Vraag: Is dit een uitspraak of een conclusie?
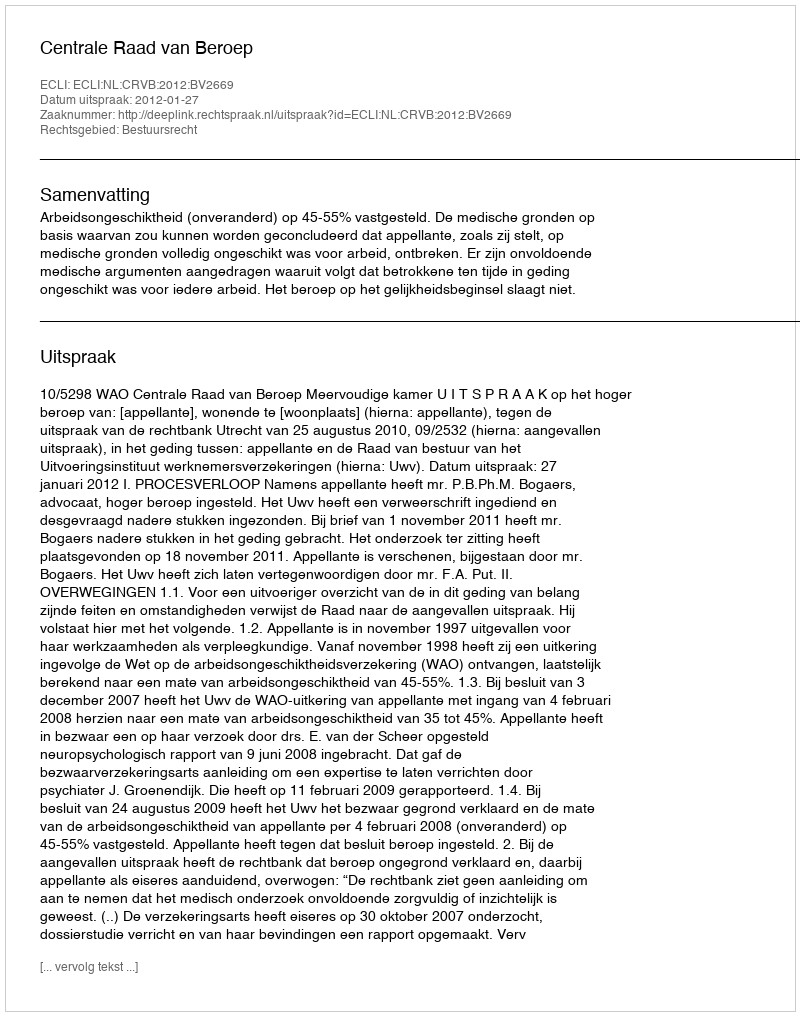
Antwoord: Uitspraak